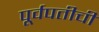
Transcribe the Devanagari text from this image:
पूर्वपतीची